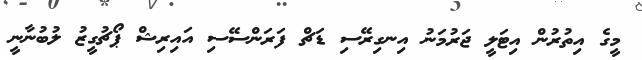
މީގެ އިތުރުން އިޓަލީ ޖަރުމަނު އިނގިރޭސި ޑަޗް ފަރަންސޭސި އައިރިޝް ޕޯޗުގީޒު ލުބުނާނީ